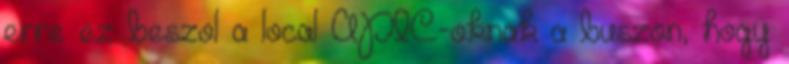
erre ez beszol a local APIC-oknak a buszon, hogy